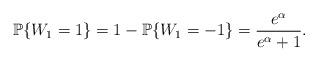
LaTeX: \begin{align*} \mathbb{P}\{W_1 = 1\} = 1 - \mathbb{P}\{W_1 = -1\} = \frac{e^{\alpha}}{e^{\alpha} + 1}. \end{align*}